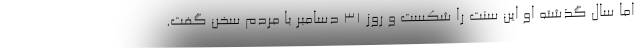
اما سال گذشته او این سنت را شکست و روز ۳۱ دسامبر با مردم سخن گفت.